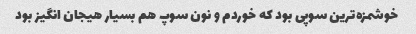
خوشمزه‌ترین سوپی بود که خوردم و نون سوپ هم بسیار هیجان انگیز بود